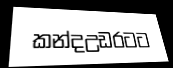
කන්දඋඩරටට